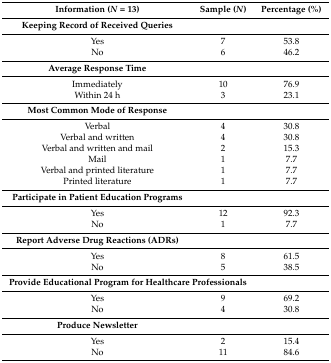
<table><thead><tr><td><b>Information (<i>N</i> = 13)</b></td><td><b>Sample (<i>N</i>)</b></td><td><b>Percentage (%)</b></td></tr></thead><tbody><tr><td><b>Keeping Record of Received Queries</b></td><td></td><td></td></tr><tr><td>Yes</td><td>7</td><td>53.8</td></tr><tr><td>No</td><td>6</td><td>46.2</td></tr><tr><td><b>Average Response Time</b></td><td></td><td></td></tr><tr><td>Immediately</td><td>10</td><td>76.9</td></tr><tr><td>Within 24 h</td><td>3</td><td>23.1</td></tr><tr><td><b>Most Common Mode of Response</b></td><td></td><td></td></tr><tr><td>Verbal</td><td>4</td><td>30.8</td></tr><tr><td>Verbal and written</td><td>4</td><td>30.8</td></tr><tr><td>Verbal and written and mail</td><td>2</td><td>15.3</td></tr><tr><td>Mail</td><td>1</td><td>7.7</td></tr><tr><td>Verbal and printed literature</td><td>1</td><td>7.7</td></tr><tr><td>Printed literature</td><td>1</td><td>7.7</td></tr><tr><td><b>Participate in Patient Education Programs</b></td><td></td><td></td></tr><tr><td>Yes</td><td>12</td><td>92.3</td></tr><tr><td>No</td><td>1</td><td>7.7</td></tr><tr><td><b>Report Adverse Drug Reactions (ADRs)</b></td><td></td><td></td></tr><tr><td>Yes</td><td>8</td><td>61.5</td></tr><tr><td>No</td><td>5</td><td>38.5</td></tr><tr><td colspan="2"><b>Provide Educational Program for Healthcare Professionals</b></td><td></td></tr><tr><td>Yes</td><td>9</td><td>69.2</td></tr><tr><td>No</td><td>4</td><td>30.8</td></tr><tr><td><b>Produce Newsletter</b></td><td></td><td></td></tr><tr><td>Yes</td><td>2</td><td>15.4</td></tr><tr><td>No</td><td>11</td><td>84.6</td></tr></tbody></table>